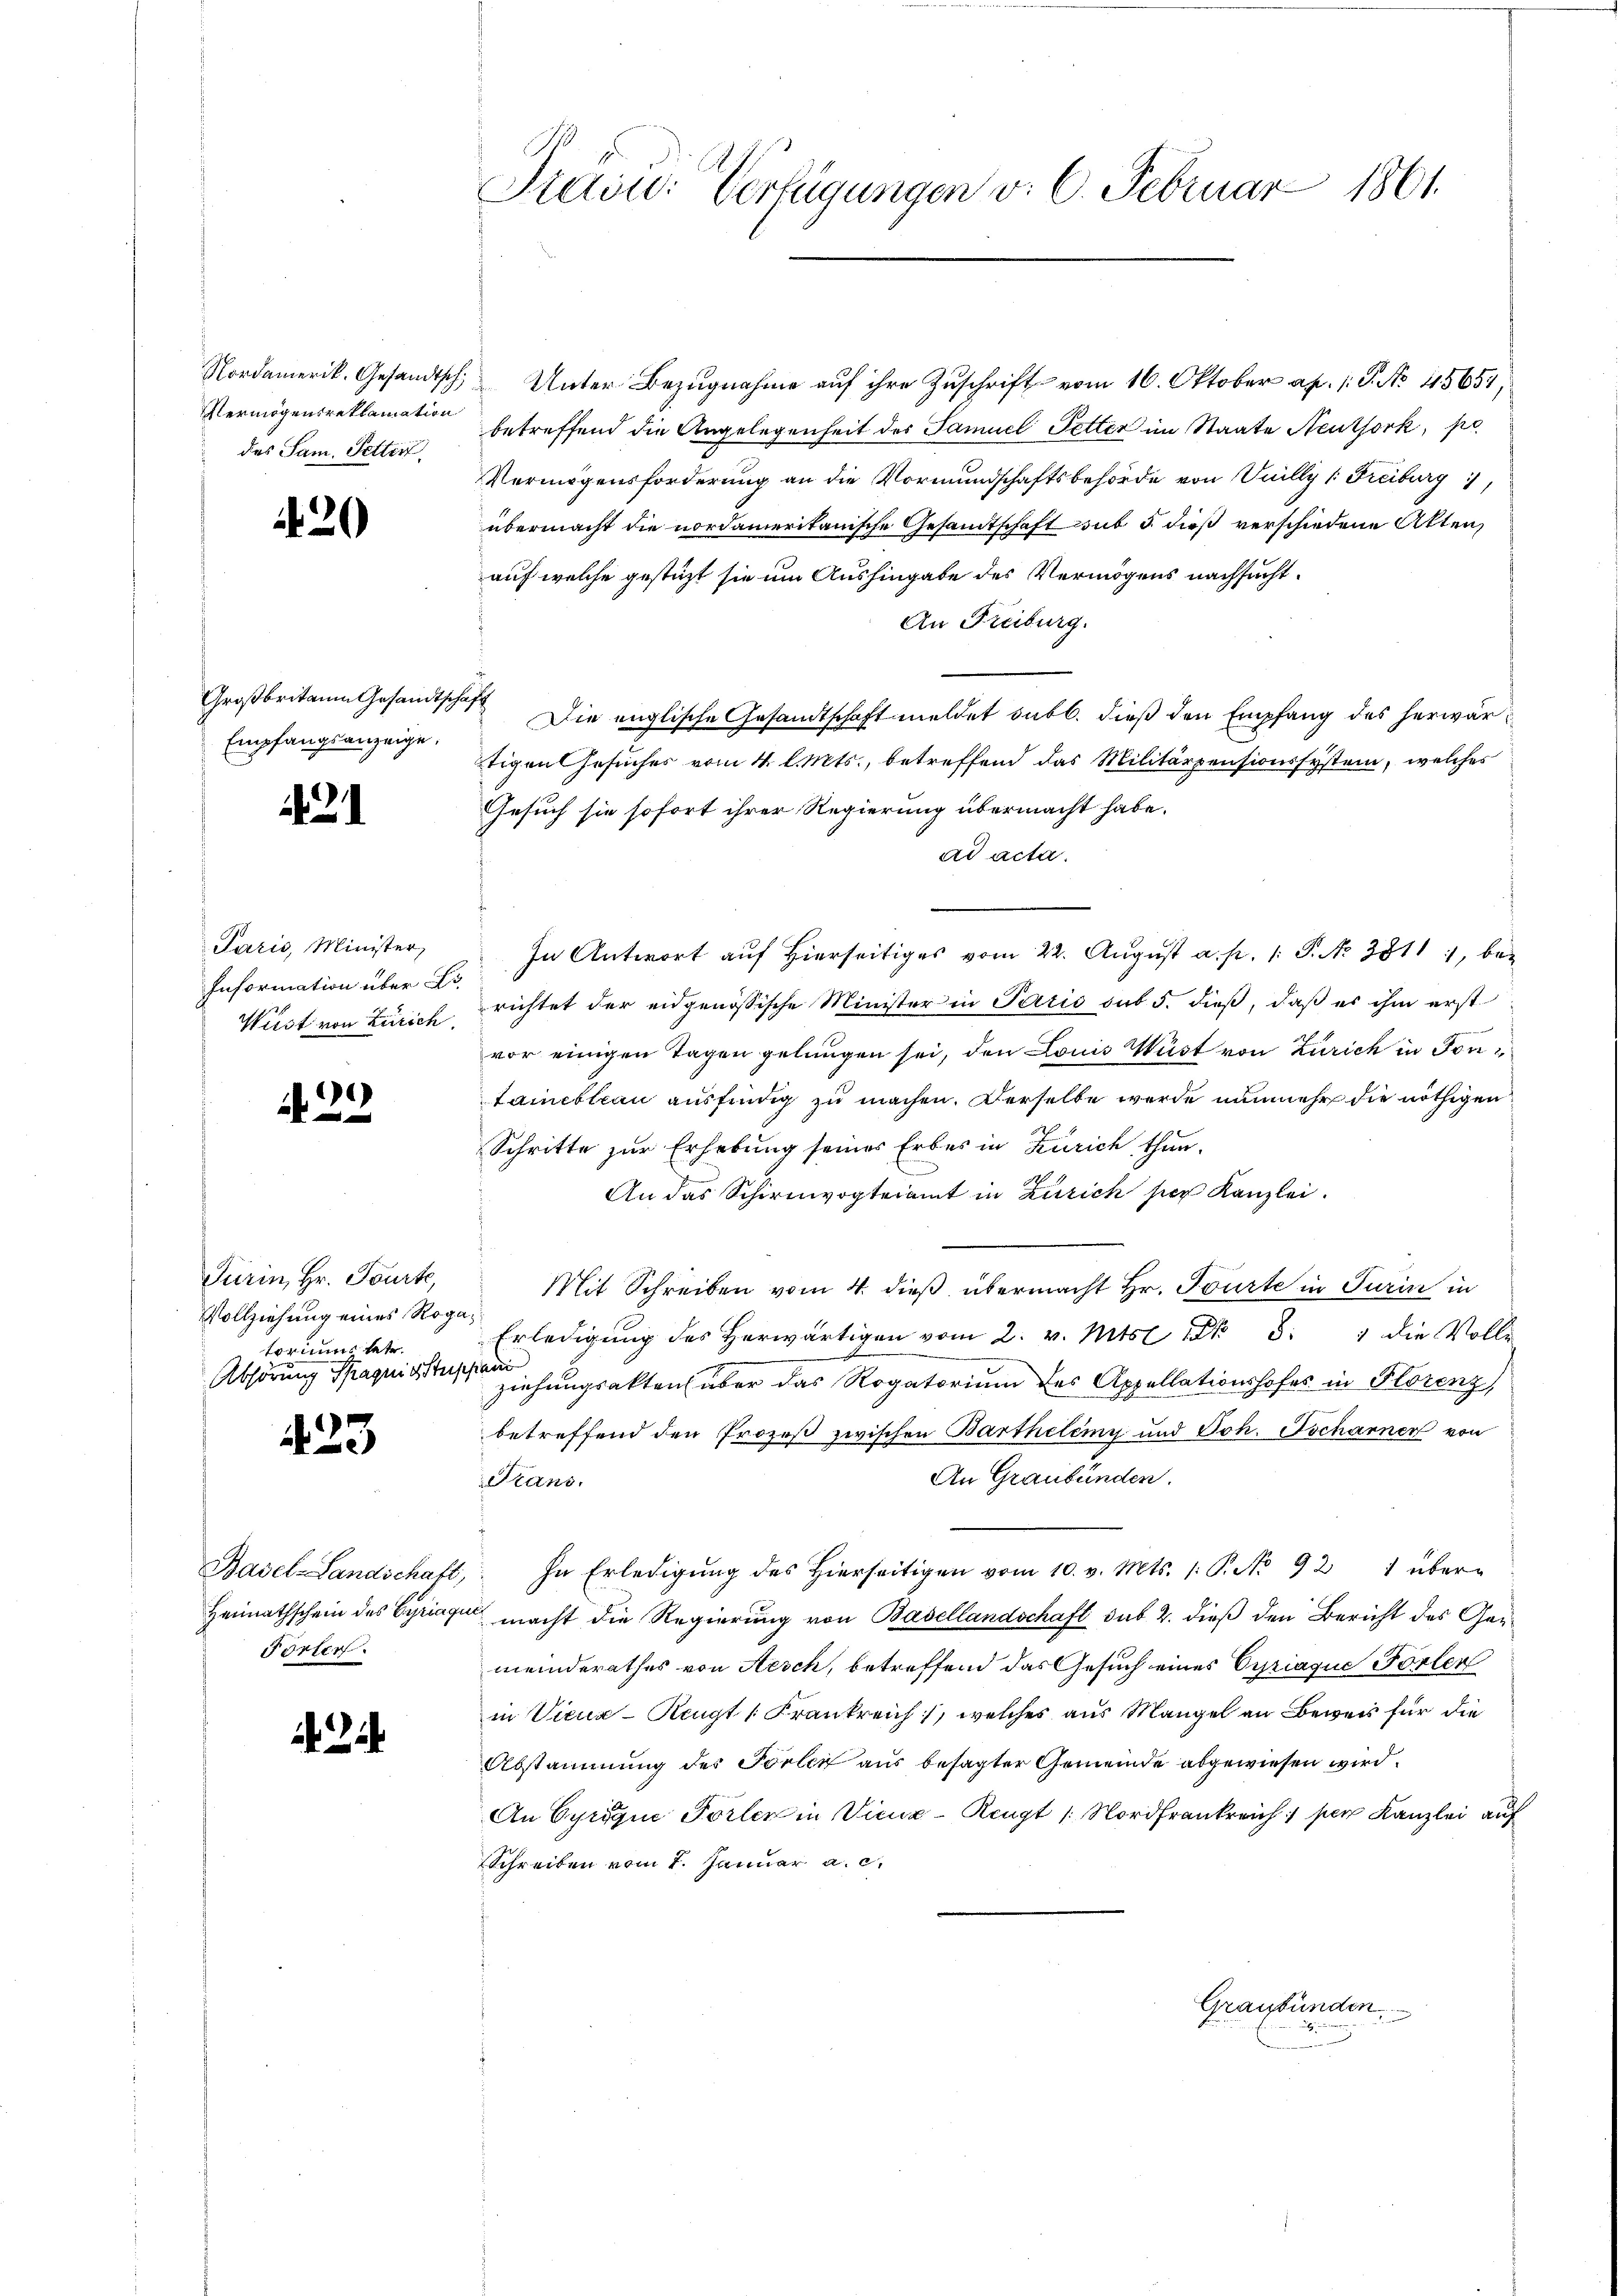
des Sam. Petterf

20

Großbritain Gesandtschaft
Empfangsanzeige.

421

Paris, Minister,
Information über Fr.
Wirst von Zürich.

. 29

Turin, Hr. Tourte,
Vollziehung eines Rogatorium betr.
Abhörung Spagnie Stephani

423

Förter.

Staine: Verfügungen v. 6. Februar 1861.

Nordamerik. Gesandtsch. Unter Bezŭgnahme aŭf ihre Zuschrift vom 16. Oktober ap. 1. P. No 15654;
Vermögensreklamation betreffend die Angelegenheit des Samuel Petter im Staate Neuthork, po
Vermögensforderung an die Vormundschaftsbehörde von Knilly v. Freiburg
übermacht die nordamerikanische Gesamtschaft sub 5 dieß verschiedene Atten,
auf welche gestüzt sie um Aushingabe des Vermögens nachsucht.
An Freiburg.
Die englische Gesandtschaft meldet subl. dieß den Empfang des herwartigen Gesuches vom 4. l. Mts., betreffend das Militärpensionssystem, welches
Gesuch sie sofort ihrer Regierung übermacht habe.
ad acta.
In Antwort auf Hierseitiges vom 22. August a. p. 1. P. No. 28111, berichtet der eidgenössische Minister in Paris sub 5. dieβ, daβ es ihm erst
vor einigen Tagen gelungen sei, den Louis Wüst von Zürich in Fon¬
Lameblau ausfindig zu machen. Derselbe werde nunmehr die nöthigen
Schritte zur Erhebung seines Erbes in Zürich thun.
An das Schirmvogteiamt in Zürich hier Kanzlei.
Mit Schreiben vom 4. dieß übermacht Hr. Tourte in Turin in
Erledigung des herwärtigen vom 2. v. Mts. 3. die Volle
ziehungsakten über das Rogatorium des Appellationshofes in Florenz
betreffend den Prozeß zwischen Barthelemy und Joh. Tscharner von
An Graubünden.
Sans.
Basel-Landschaft, In Erledigŭng des hierseitigen vom 10. v. Mts. 1. P. No 921 über-
Heimathschein des Gyriage macht die Regierung von Basellandschaft sub 2. dieß den Bericht des Gemeinderathes von Aesch, betreffend das Gesuch eines Cyriaque Forten
in Vicur-Rengt (Frankreich, welches aus Mangel an Beweis für die
Abstammung des Forter aus besagter Gemeinde abgewiesen wird.
An Cyrique Forten in Vice-Rengt /: Nordfrankreich per Kanzlei auf
Schreiben vom 7. Januar a. c.
Graubünden,